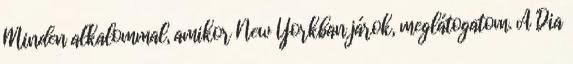
Minden alkalommal, amikor New Yorkban járok, meglátogatom. A Dia